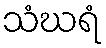
သံဃရံ